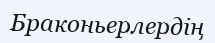
Браконьерлердің